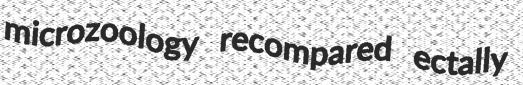
microzoology recompared ectally